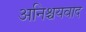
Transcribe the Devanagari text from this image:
अनिश्चयवाद